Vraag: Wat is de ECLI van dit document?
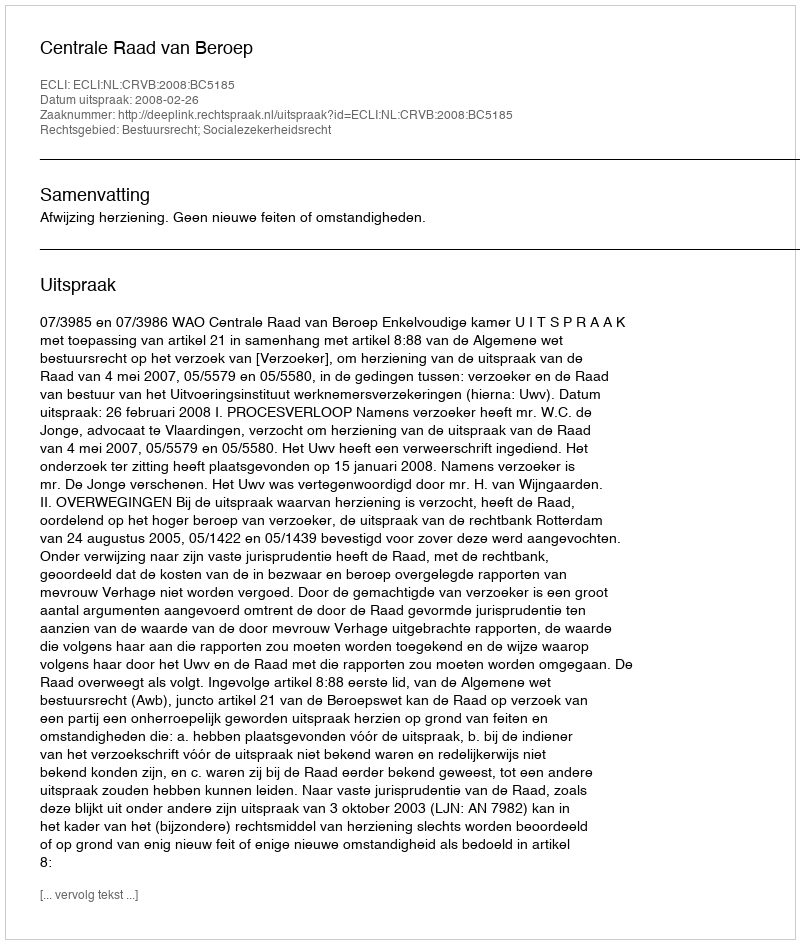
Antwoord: ECLI:NL:CRVB:2008:BC5185